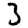
Digit: 3